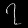
Digit: ၇